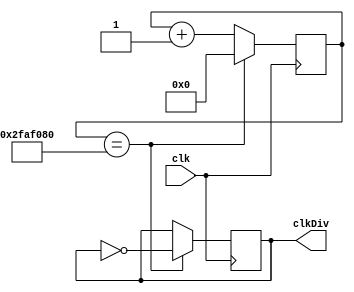
module divisorDeFrequenciaSegundos(
    input clk,
    output reg clkDiv
);
    // Divisor de frequencia de 50MHz para 1Hz
    reg [25:0] count;
    always @(posedge clk) begin
        if (count == 50000000) begin
            count <= 0;
            clkDiv <= ~clkDiv;
        end
        else begin
            count <= count + 1;
        end
    end
endmodule

module divisorDeFrequenciaMinutos(
    input clk,
    output reg clkDiv
);
    // Divisor de frequencia de 50MHz para 1Hz
    reg [25:0] count;
    always @(posedge clk) begin
        if (count == 3000000000) begin
            count <= 0;
            clkDiv <= ~clkDiv;
        end
        else begin
            count <= count + 1;
        end
    end

endmodule

module divisorDeFrequenciaHoras(
    input clk,
    output reg clkDiv
);
    // Divisor de frequencia de 50MHz para 1Hz
    reg [25:0] count;
    always @(posedge clk) begin
        if (count == 108000000000) begin
            count <= 0;
            clkDiv <= ~clkDiv;
        end
        else begin
            count <= count + 1;
        end
    end

endmodule


module segDisplayControl(
    input [3:0] number,
    output reg [6:0] segment
);
    always @(*) begin
        case(number)
            4'b0000: segment = 7'b1000000; // 0
            4'b0001: segment = 7'b1111001; // 1
            4'b0010: segment = 7'b0100100; // 2
            4'b0011: segment = 7'b0110000; // 3
            4'b0100: segment = 7'b0011001; // 4
            4'b0101: segment = 7'b0010010; // 5
            4'b0110: segment = 7'b0000010; // 6
            4'b0111: segment = 7'b1111000; // 7
            4'b1000: segment = 7'b0000000; // 8
            4'b1001: segment = 7'b0010000; // 9
            default: segment = 7'b1111111; // OFF
        endcase
    end
endmodule

module moduleSeveSegmentDisplay(
    input [3:0] number,
    input [3:0] number2,
    input clk,
    input reset,
    output  [6:0] segment
);

    reg selectionSegment = 0;
    reg [3:0] counter = 0;
    wire [6:0] segment1;
    wire [6:0] segment2;

    // 7 segment display switch Case


    always @(posedge clk) begin
        if(reset) begin
            counter <= 0;
            selectionSegment <= 0;
        end
        else begin
            if(counter == 4'b1111) begin
                counter <= 0;
                selectionSegment <= ~selectionSegment;
            end else begin
                counter <= counter + 1;
            end
        end
    end

    segDisplayControl segDisplay1(
        .number(number),
        .segment(segment1)
    );

    segDisplayControl segDisplay2(
        .number(number2),
        .segment(segment2)
    );

    assign segment = selectionSegment ? segment1 : segment2;
endmodule

// Count Second First Digit
module countSecondFirstDigit(
    input wire clk,
    input wire rst,
    output reg [3:0] second
);
    always @(posedge clk or posedge rst) begin
        if (rst)
            second <= 4'b0000;
        else if (second == 4'b1001)
            second <= 4'b0000;
        else
            second <= second + 1;
    end
endmodule

// Count Second Second Digit
module countSecondSecondDigit(
    input wire clk,
    input wire rst,
    output reg [3:0] second
);
    reg [3:0] contandor;

    always @(posedge clk or posedge rst) begin
        if (rst) begin
            contandor <= 4'b0000;
            second <= 4'b0000;
        end
        else begin
            if (contandor == 4'b1001) begin
                contandor <= 4'b0000;
                if (second == 4'd5) // reset if it reaches 5
                    second <= 4'b0000;
                else
                    second <= second + 4'b0001;
            end
            else
                contandor <= contandor + 4'b0001;
        end
    end
endmodule


// Count Minute First Digit
module countMinuteFirstDigit(
    input wire clk,
    input wire rst,
    output reg [3:0] minute
);
    always @(posedge clk or posedge rst) begin
        if (rst)
            minute <= 4'b0000;
        else if (minute == 4'b1001)
            minute <= 4'b0000;
        else
            minute <= minute + 1;
    end
endmodule


// Count Minute Second Digit
module countMinuteSecondDigit(
    input wire clk,
    input wire rst,
    output reg [3:0] minute
);
    reg [3:0] contandor;

    always @(posedge clk or posedge rst) begin
        if (rst) begin
            contandor <= 4'b0000;
            minute <= 4'b0000;
        end
        else begin
            if (contandor == 4'b1001) begin // increment at 10
                contandor <= 4'b0000;
                if (minute == 4'b0101) // reset at 6
                    minute <= 4'b0000;
                else
                    minute <= minute + 4'b0001;
            end
            else
                contandor <= contandor + 4'b0001;
        end
    end
endmodule


// Count Hour First Digit
module countHourFirstDigit(
    input wire clk,
    input wire rst,
    output reg [3:0] hour
);
    always @(posedge clk or posedge rst) begin
        if (rst)
            hour <= 4'b0000;
        else if (hour == 4'b1001)
            hour <= 4'b0000;
        else
            hour <= hour + 1;
    end
endmodule


// Count Hour Second Digit
module countHourSecondDigit(
    input wire clk,
    input wire rst,
    output reg [3:0] hour
);
    always @(posedge clk or posedge rst) begin
        if (rst)
            hour <= 4'b0000;
        else if (hour == 4'b0011) // Reset at '3'
            hour <= 4'b0000;
        else
            hour <= hour + 4'b0001; // Increment by 1
    end
endmodule




module relogio(
    input clk,
    input rst,
    output [6:0] f1,
    output [6:0] f2,
    output [6:0] f3,
    output [6:0] f4
);

    
    wire [3:0] countSecondFirstDigitWire;
    wire [3:0] countSecondSecondDigitWire;
    wire [3:0] countMinuteFirstDigitWire;
    wire [3:0] countMinuteSecondDigitWire;
    wire [3:0] countHourFirstDigitWire;
    wire [3:0] countHourSecondDigitWire;

    wire clkDivSegundos;
    wire clkDivMinutos;
    wire clkDivHoras;


    //divisor de frequencia
    divisorDeFrequenciaSegundos divisorDeFrequenciaSegundos(
        .clk(clk),
        .clkDiv(clkDivSegundos)
    );

    divisorDeFrequenciaMinutos divisorDeFrequenciaMinutos(
        .clk(clk),
        .clkDiv(clkDivMinutos)
    );

    divisorDeFrequenciaHoras divisorDeFrequenciaHoras(
        .clk(clk),
        .clkDiv(clkDivHoras)
    );

    //Second
    countSecondFirstDigit countSecondFirstDigitModule(
        .clk(clkDivSegundos),
        .rst(~rst),
        .second(countSecondFirstDigitWire)
    );
    
    countSecondSecondDigit countSecondSecondDigitModule(
        .clk(clkDivSegundos),
        .rst(~rst),
        .second(countSecondSecondDigitWire)
    );

    //Minute
    countMinuteFirstDigit countMinuteFirstDigiteModule(
        .clk(clkDivMinutos),
        .rst(~rst),
        .minute(countMinuteFirstDigitWire)
    );

    countMinuteSecondDigit countMinuteSecondDigitModule(
        .clk(clkDivMinutos),
        .rst(~rst),
        .minute(countMinuteSecondDigitWire)
    );

    //Hour

    countHourFirstDigit countHourFirstDigitModule(
        .clk(clkDivHoras),
        .rst(~rst),
        .hour(countHourFirstDigitWire)
    );

    countHourSecondDigit countHourSecondDigitModule(
        .clk(clkDivHoras),
        .rst(~rst),
        .hour(countHourSecondDigitWire)
    );
   
    // 7 segment display
    moduleSeveSegmentDisplay moduleSeveSegmentDisplay1(
        .clk(clkDivSegundos),
        .number(countHourFirstDigitWire),
        .number2(countMinuteFirstDigitWire),
        .segment(f1)
    );

    moduleSeveSegmentDisplay moduleSeveSegmentDisplay2(
        .clk(clkDivSegundos),
        .number(countHourSecondDigitWire),
        .number2(countMinuteSecondDigitWire),
        .segment(f2)
    );

    moduleSeveSegmentDisplay moduleSeveSegmentDispla3(
        .clk(clkDivSegundos),
        .number(countMinuteFirstDigitWire),
        .number2(countSecondFirstDigitWire),
        .segment(f3)
    );

    moduleSeveSegmentDisplay moduleSeveSegmentDisplay4(
        .clk(clkDivSegundos),
        .number(countMinuteSecondDigitWire),
        .number2(countSecondSecondDigitWire),
        .segment(f4)
    );

endmodule